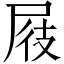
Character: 屐